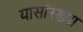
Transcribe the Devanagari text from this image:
यासांरख्या